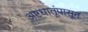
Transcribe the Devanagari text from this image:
अष्टधातूंपासून